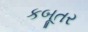
કબૂતર